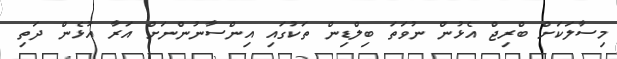
މިސާލަކަށް ބްރިޖް އެޅުން ނުވަތަ ބިލްޑިން ތަކުގައި އިންސާނުންނަށް އަރާ އުޅެން ދަތި